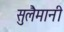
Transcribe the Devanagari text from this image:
सुलैमानी